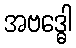
အဗဒ္ဓေါ